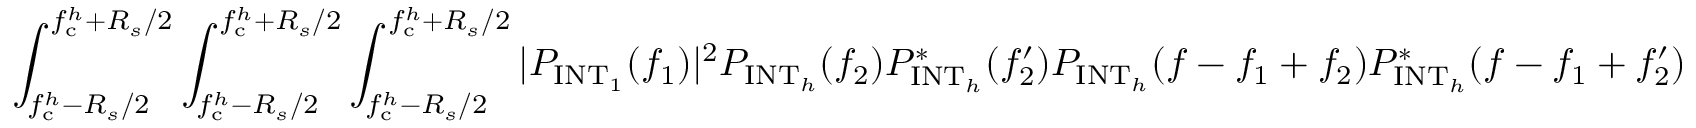
\int _ { f _ { \mathrm { c } } ^ { h } - R _ { s } / 2 } ^ { f _ { \mathrm { c } } ^ { h } + R _ { s } / 2 } \int _ { f _ { \mathrm { c } } ^ { h } - R _ { s } / 2 } ^ { f _ { \mathrm { c } } ^ { h } + R _ { s } / 2 } \int _ { f _ { \mathrm { c } } ^ { h } - R _ { s } / 2 } ^ { f _ { \mathrm { c } } ^ { h } + R _ { s } / 2 } | P _ { \mathrm { I N T } _ { 1 } } ( f _ { 1 } ) | ^ { 2 } P _ { \mathrm { I N T } _ { h } } ( f _ { 2 } ) P _ { \mathrm { I N T } _ { h } } ^ { \ast } ( f _ { 2 } ^ { \prime } ) P _ { \mathrm { I N T } _ { h } } ( f - f _ { 1 } + f _ { 2 } ) P _ { \mathrm { I N T } _ { h } } ^ { \ast } ( f - f _ { 1 } + f _ { 2 } ^ { \prime } )